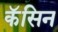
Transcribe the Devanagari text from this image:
कॅसिन